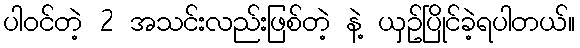
ပါဝင်တဲ့ 2 အသင်းလည်းဖြစ်တဲ့ နဲ့ ယှဥ်ပြိုင်ခဲ့ရပါတယ်။